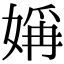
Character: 㛵